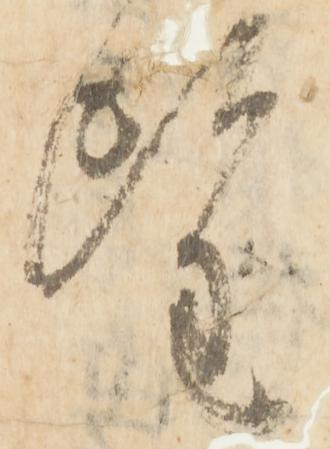
望